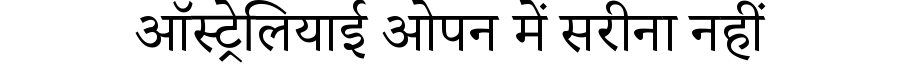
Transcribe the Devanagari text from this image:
ऑस्ट्रेलियाई ओपन में सरीना नहीं